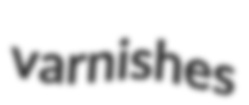
varnishes